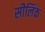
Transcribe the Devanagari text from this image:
सीलिंक